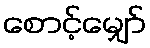
စောင့်မျှော်